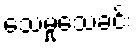
သေမှုသေခင်း